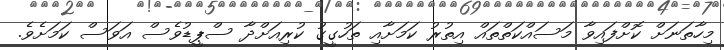
މިހާތަނަށް ކޮށްފައިވާ މަސައްކަތްތައް އިތުރު ކަމަށާއި ތަހުގީގު ކުރިއަށްދާ ސްޕީޑުވެސް އަވަސް ކަމަށެވެ.